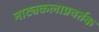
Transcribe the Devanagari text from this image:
नाट्यकलाप्रवर्तक